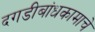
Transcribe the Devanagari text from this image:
दगडीबांधकामाचे